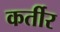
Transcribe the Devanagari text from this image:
कर्तीर